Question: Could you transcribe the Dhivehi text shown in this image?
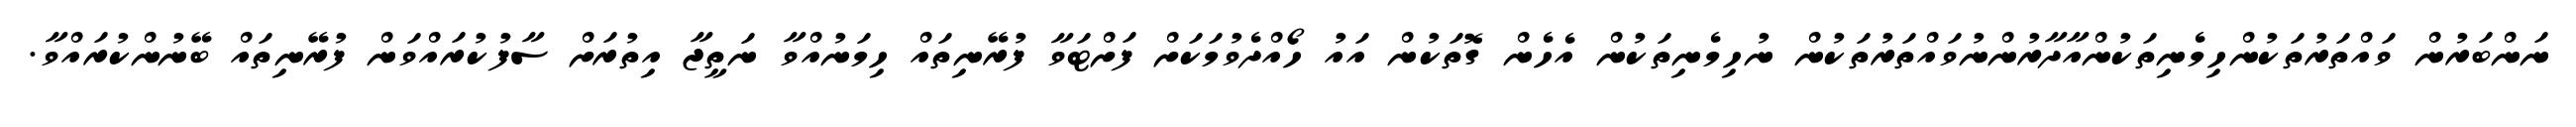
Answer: ނަންބަރުން ވައްތަރުތަކުންހިމެނިތަކުންއާދާރުންނުވައްތަރުތަކުން ނުހިމެނިތަކުން އެހެން ގޮތަކުން އައު ހޯއްދެވުމަކަށް ފަށްޓަވާ ފުރޭނިތައް ހިމަނުއްވާ ނަތީޖާ އިތުރަށް ސާފުކުރައްވަން ފުރޭނިތައް ބޭނުންކުރައްވާ.